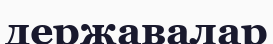
державалар